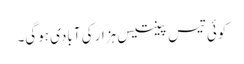
کوئی تیس پینتیس ہزار کی آبادی ہوگی۔